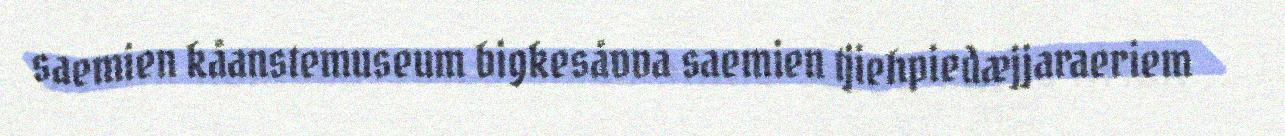
saemien kåanstemuseum bigkesåvva saemien tjiehpiedæjjaraeriem